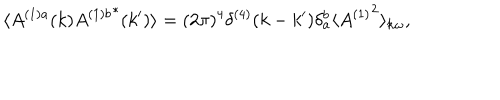
\langle A ^ { ( 1 ) a } ( k ) { A ^ { ( 1 ) b } } ^ { * } ( k ^ { \prime } ) \rangle = ( 2 \pi ) ^ { 4 } \delta ^ { ( 4 ) } ( k - k ^ { \prime } ) \delta _ { a } ^ { b } \langle { A ^ { ( 1 ) } } ^ { 2 } \rangle _ { { \bf k } \omega } ,